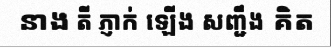
នាង តី ភ្ញាក់ ឡើង សញ្ជឹង គិត